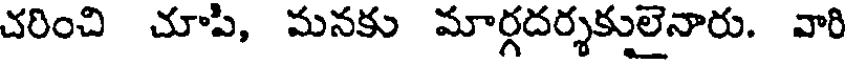
చరించి చూపి, మనకు మార్గదర్శకులైనారు. వారి